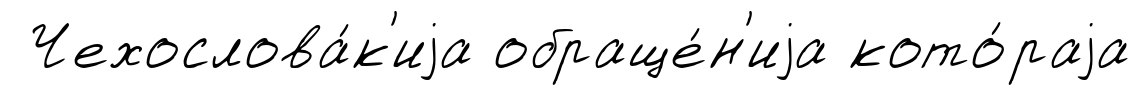
Чехослова́к'иjа обраще́н'иjа кото́раjа